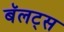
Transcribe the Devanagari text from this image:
बॅलट्स